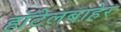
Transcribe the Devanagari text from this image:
हॉटेलबाहेर